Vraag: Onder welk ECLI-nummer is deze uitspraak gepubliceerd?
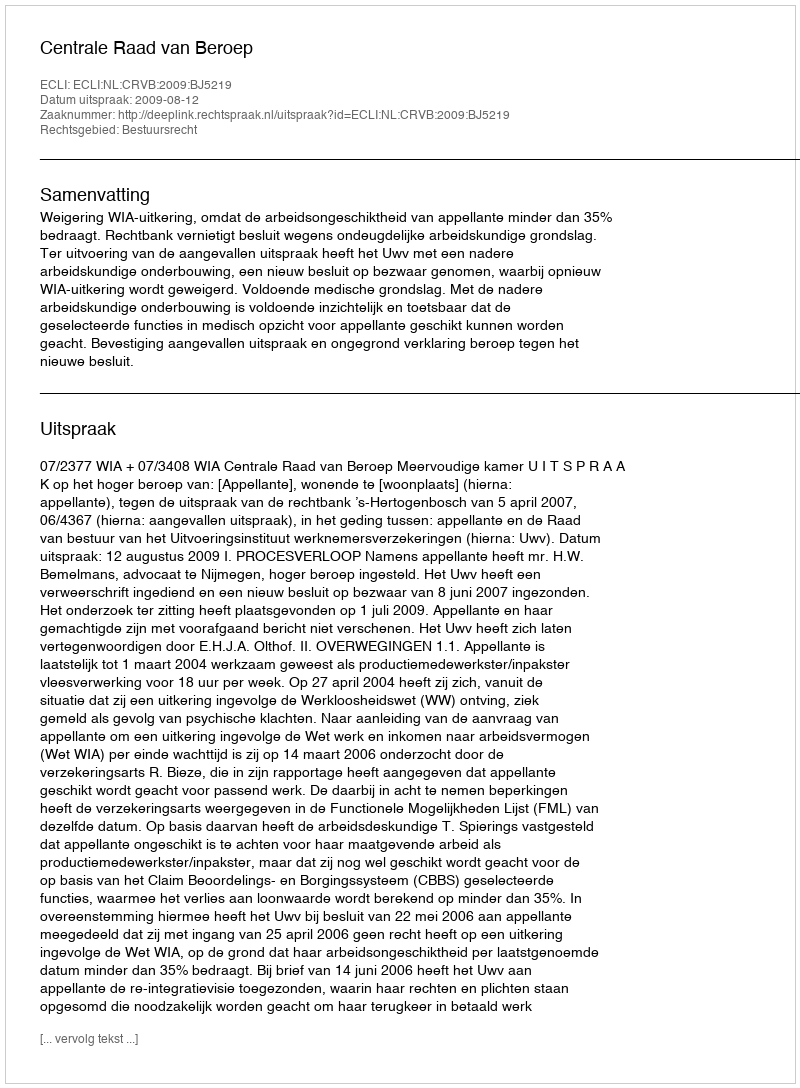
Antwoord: ECLI:NL:CRVB:2009:BJ5219